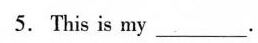
5.This is my ___ .